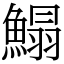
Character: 鰨